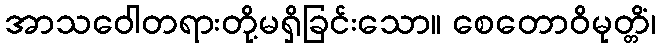
အာသဝေါတရားတို့မရှိခြင်းသော။ စေတောဝိမုတ္တိံ၊